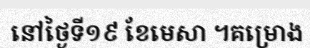
នៅថ្ងៃទី១៩ ខែមេសា ។គម្រោង